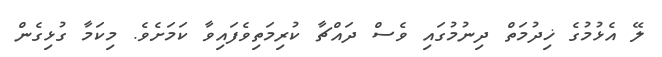
ލޭ އެޅުމުގެ ޚިދުމަތް ދިނުމުގައި ވެސް ދައްޗާ ކުރިމަތިވެފައިވާ ކަމަށެވެ. މިކަމާ ގުޅިގެން